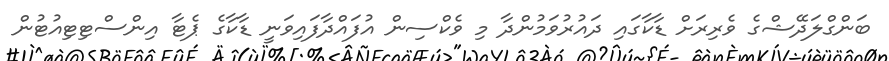
ބަންގްލަދޭޝްގެ ވެރިރަށް ޑާކާގައި ދައުރުވަމުންދާ މި ވެކްސިން އުފައްދާފައިވަނީ ޑާކާގެ ޕެޓާ އިންސްޓިޓިއުޓުން